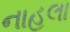
નાહલા